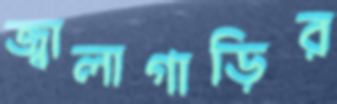
জ্বালাগাড়ির